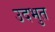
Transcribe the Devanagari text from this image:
उदभुत